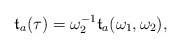
\begin{align*}\mathfrak{t}_a(\tau) = \omega_2^{-1}\mathfrak{t}_a(\omega_1, \omega_2),\end{align*}